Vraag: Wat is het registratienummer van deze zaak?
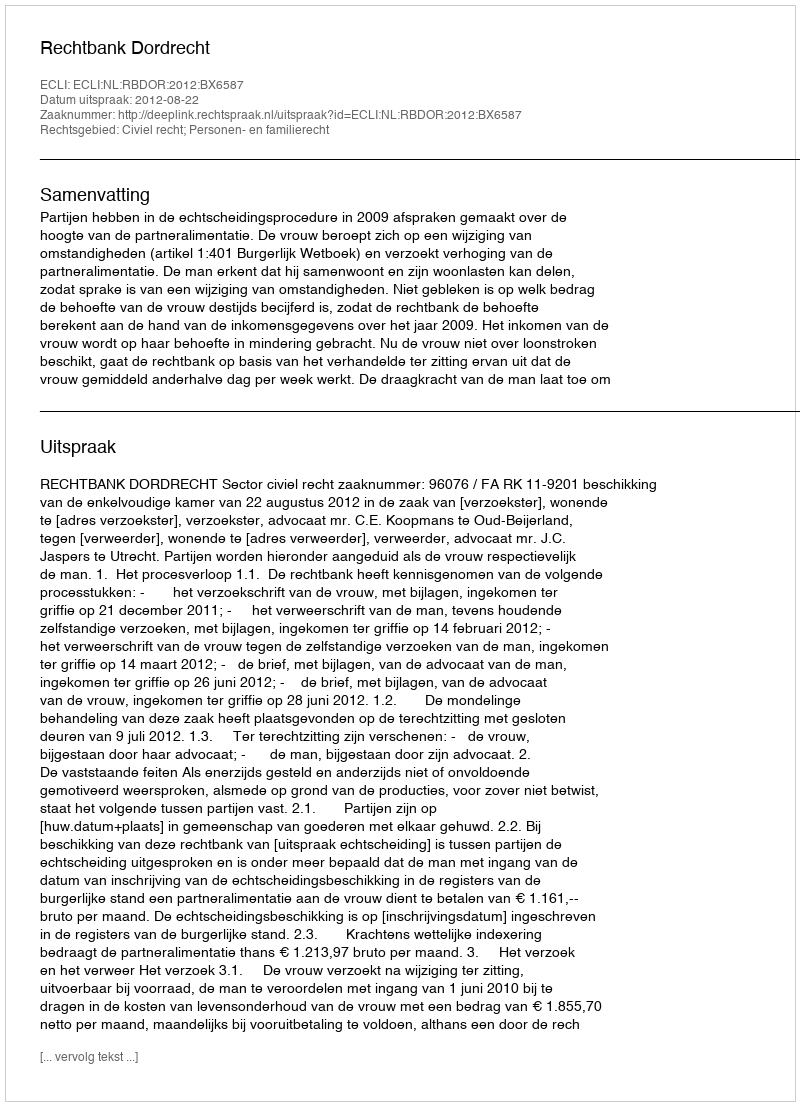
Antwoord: http://deeplink.rechtspraak.nl/uitspraak?id=ECLI:NL:RBDOR:2012:BX6587